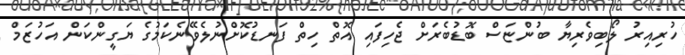
ހުރިއިރު ލޯބިވެރިޔާ ބުންޏަސް ބޮޑުބެރަށް ޖެހިފައި އޮތް ހިތް ފަނޑުކޮށްނުލެވޭނެކަމުގެ ޔަގީންކަން އަހުޒަމް